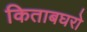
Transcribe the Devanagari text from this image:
किताबघरो